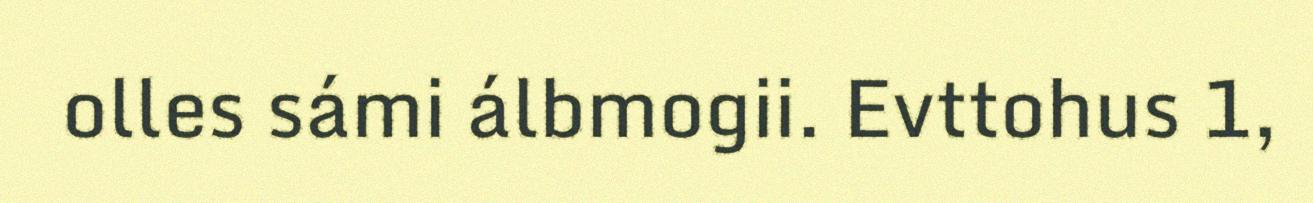
olles sámi álbmogii. Evttohus 1,